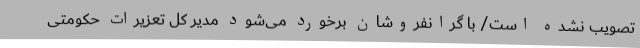
تصویب نشده است/ با گرانفروشان برخورد می‌شود مدیر کل تعزیرات حکومتی